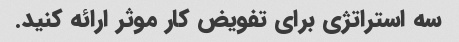
سه استراتژی برای تفویض کار موثر ارائه کنید.